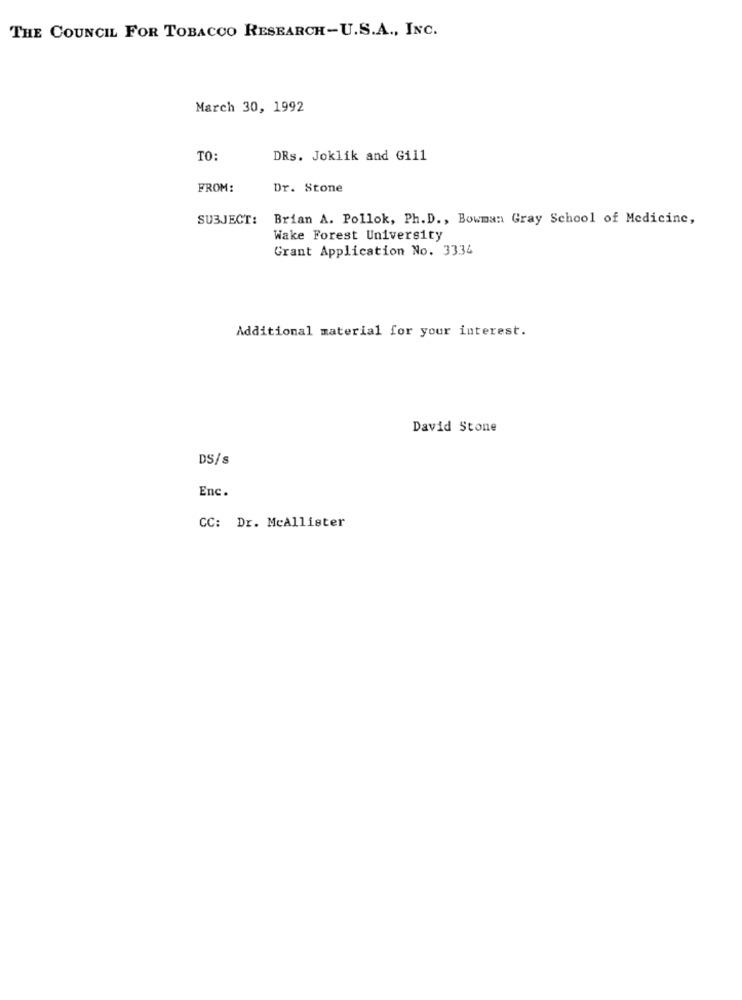
THE COUNCIL FOR TOBACCO RESEARCH-U.S.A ., INC.
March 30, 1992
TO:
DRs. Joklik and Gill
FROM:
Dr. Stone
SUBJECT: Brian A. Pollok, Ph.D ., Bowman Gray School of Medicine,
Wake Forest University
Grant Application No. 3334
Additional material for your interest.
David Stone
DS/s
Enc.
CC: Dr. McAllister